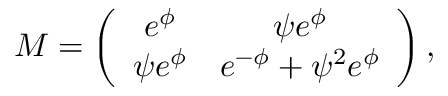
M = \left( \begin{array} { c c } { { e ^ { \phi } } } & { { \psi e ^ { \phi } } } \\ { { \psi e ^ { \phi } } } & { { e ^ { - \phi } + \psi ^ { 2 } e ^ { \phi } } } \end{array} \right) ,